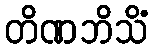
တိဏဘိသိံ